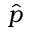
\hat { p }